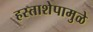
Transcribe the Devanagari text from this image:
हस्ताशेपामुळे